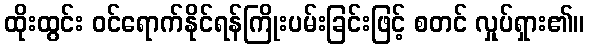
ထိုးထွင်း ဝင်ရောက်နိုင်ရန်ကြိုးပမ်းခြင်းဖြင့် စတင် လှုပ်ရှား၏။